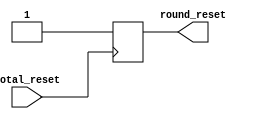
module initial_reset(total_reset, round_reset);
// This module accepts the first total_reset input(switch or button), then change round_reset from 0 to 1a
input total_reset;
output round_reset;
reg round_reset;

always@(posedge total_reset)
begin
	round_reset<=1;
end


endmodule